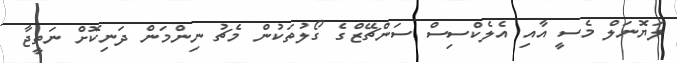
ލަޔޮނަލް މެސީ އާއި އެލެކްސިސް ސަންޗޭޒްގެ ގޯލުތަކުން މެޗު ނިންމަން ދަނިކޮށް ނަތީޖާ